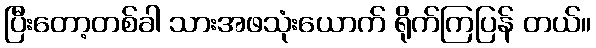
ပြီးတော့တစ်ခါ သားအဖသုံးယောက် ရိုက်ကြပြန် တယ်။